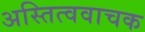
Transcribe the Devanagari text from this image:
अस्तित्ववाचक